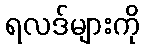
ရလဒ်များကို